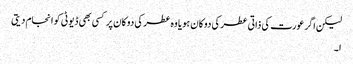
لیکن اگر عورت کی ذاتی عطر کی دوکان ہو یا وہ عطر کی دوکان پر کسی بھی ڈیوٹی کو انجام دیتی
ا۔